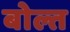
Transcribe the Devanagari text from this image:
बोल्त